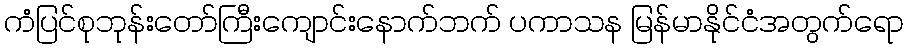
ကံပြင်စုဘုန်းတော်ကြီးကျောင်းနောက်ဘက် ပကာသန မြန်မာနိုင်ငံအတွက်ရော